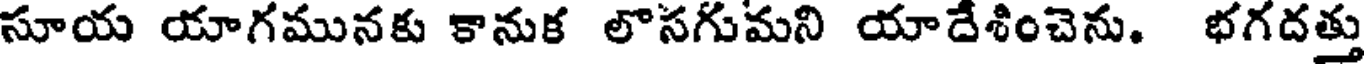
సూయ యాగమునకు కానుక లొసగుమని యాదేశించెను. భగదత్తు